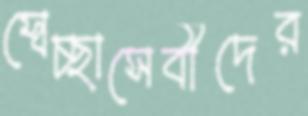
স্বেচ্ছাসেবীদের